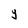
Character: y